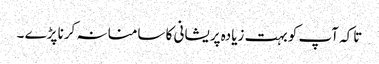
تاکہ آپ کو بہت زیادہ پریشانی کا سامنا نہ کرنا پڑے ۔